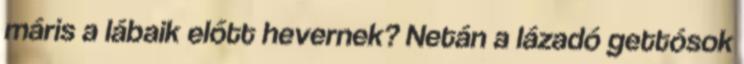
máris a lábaik előtt hevernek? Netán a lázadó gettósok